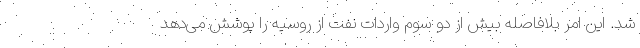
شد. این امر بلافاصله بیش از دو سوم واردات نفت از روسیه را پوشش می‌دهد